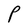
Character: P